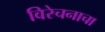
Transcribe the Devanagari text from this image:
विरेचनाचा